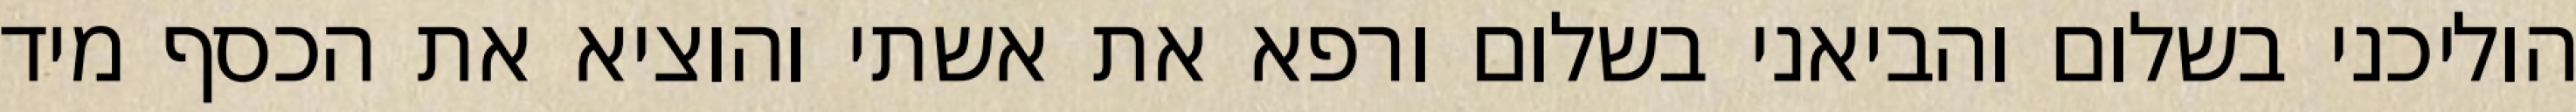
הוליכני בשלום והביאני בשלום ורפא את אשתי והוציא את הכסף מיד